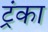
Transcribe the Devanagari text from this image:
ट्रंका